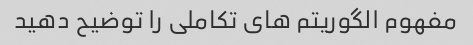
مفهوم الگوریتم های تکاملی را توضیح دهید